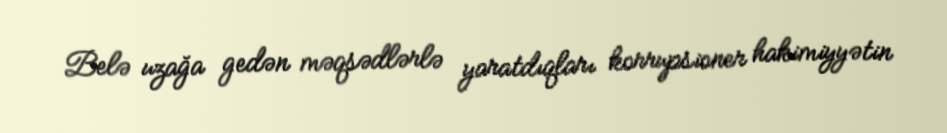
Belə uzağa gedən məqsədlərlə yaratdıqları korrupsioner hakimiyyətin